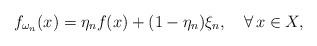
LaTeX: \begin{align*}f_{\omega_n}(x)= \eta_nf(x)+(1-\eta_n)\xi_n,\quad\forall\,x\in X,\end{align*}